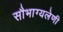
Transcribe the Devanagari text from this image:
सौभाग्यलेणी